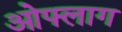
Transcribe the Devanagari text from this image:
ओफ्लाग